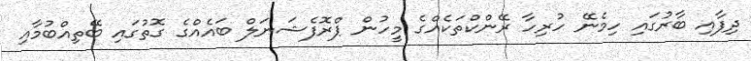
ދިފާއި ބާރުގައި ހިމެނޭ ހުރިހާ ރޭންކްތަކެއްގެ މީހުން ޕްރޮފެޝަނަލް ބައެއްގެ ގޮތުގައި ބޭތިއްބުމާއި